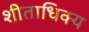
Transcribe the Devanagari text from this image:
शीताधिक्य